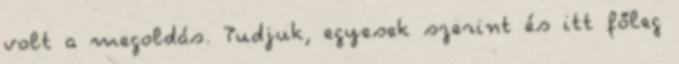
volt a megoldás. Tudjuk, egyesek szerint és itt főleg